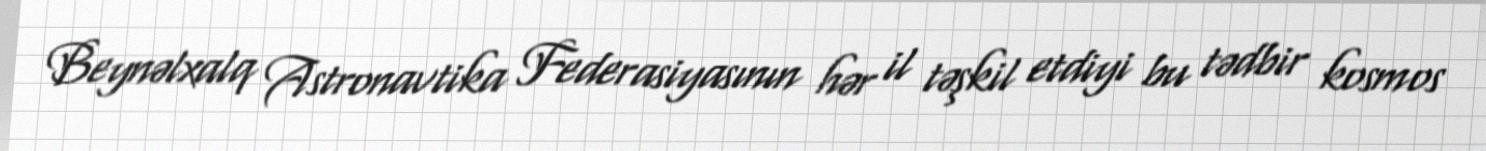
Beynəlxalq Astronavtika Federasiyasının hər il təşkil etdiyi bu tədbir kosmos